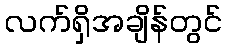
လက်ရှိအချိန်တွင်